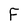
Character: F